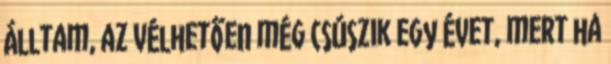
álltam, az vélhetően még csúszik egy évet, mert ha